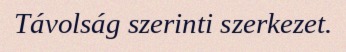
Távolság szerinti szerkezet.